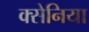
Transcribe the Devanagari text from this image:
क्सेनिया